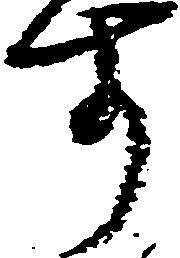
す